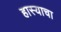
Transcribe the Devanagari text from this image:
हास्याचा